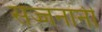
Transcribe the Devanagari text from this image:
सज्जनांनी